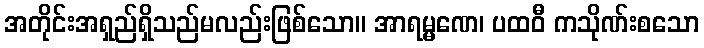
အတိုင်းအရှည်ရှိသည်မလည်းဖြစ်သော။ အာရမ္မဏေ၊ ပထဝီ ကသိုဏ်းစသော